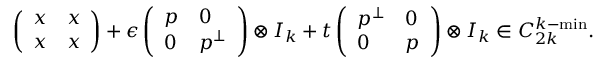
\left( \begin{array} { l l } { x } & { x } \\ { x } & { x } \end{array} \right) + \epsilon \left( \begin{array} { l l } { p } & { 0 } \\ { 0 } & { p ^ { \perp } } \end{array} \right) \otimes I _ { k } + t \left( \begin{array} { l l } { p ^ { \perp } } & { 0 } \\ { 0 } & { p } \end{array} \right) \otimes I _ { k } \in C _ { 2 k } ^ { k - \mathrm { m i n } } .